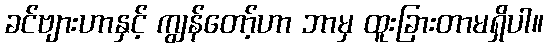
ခင်ဗျားဟာနှင့် ကျွန်တော့်ဟာ ဘာမှ ထူးခြားတာမရှိပါ။